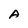
Character: A